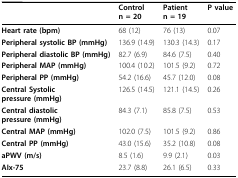
<table><thead><tr><td></td><td><b>Controln = 20</b></td><td><b>Patientn = 19</b></td><td><b>P value</b></td></tr></thead><tbody><tr><td><b>Heart rate (bpm)</b></td><td>68 (12)</td><td>76 (13)</td><td>0.07</td></tr><tr><td><b>Peripheral systolic BP (mmHg)</b></td><td>136.9 (14.9)</td><td>130.3 (14.3)</td><td>0.17</td></tr><tr><td><b>Peripheral diastolic BP (mmHg)</b></td><td>82.7 (6.9)</td><td>84.6 (7.5)</td><td>0.40</td></tr><tr><td><b>Peripheral MAP (mmHg)</b></td><td>100.4 (10.2)</td><td>101.5 (9.2)</td><td>0.72</td></tr><tr><td><b>Peripheral PP (mmHg)</b></td><td>54.2 (16.6)</td><td>45.7 (12.0)</td><td>0.08</td></tr><tr><td><b>Central Systolic</b><b>pressure (mmHg)</b></td><td>126.5 (14.5)</td><td>121.1 (14.5)</td><td>0.26</td></tr><tr><td><b>Central diastolic</b><b>pressure (mmHg)</b></td><td>84.3 (7.1)</td><td>85.8 (7.5)</td><td>0.53</td></tr><tr><td><b>Central MAP (mmHg)</b></td><td>102.0 (7.5)</td><td>101.5 (9.2)</td><td>0.86</td></tr><tr><td><b>Central PP (mmHg)</b></td><td>43.0 (15.6)</td><td>35.2 (10.8)</td><td>0.08</td></tr><tr><td><b>aPWV (m/s)</b></td><td>8.5 (1.6)</td><td>9.9 (2.1)</td><td>0.03</td></tr><tr><td><b>AIx-75</b></td><td>23.7 (8.8)</td><td>26.1 (6.5)</td><td>0.33</td></tr></tbody></table>